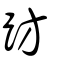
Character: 趽